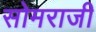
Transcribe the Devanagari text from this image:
सोमराजी